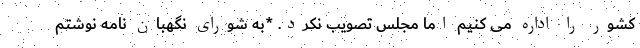
کشور را اداره می کنیم اما مجلس تصویب نکرد. *به شورای نگهبان نامه نوشتم